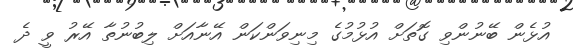
އުޅެން ބޭނުންވި ގޮތަށް އުޅުމުގެ މިނިވަންކަން އޭނާއަށް ލިބުނުތާ އޭރު ވީ ދެ